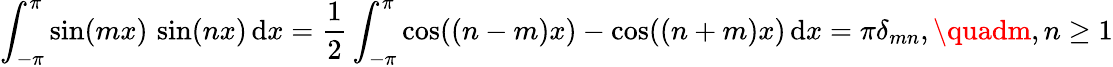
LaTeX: \int_{-\pi}^{\pi}\sin(mx)\, \sin(nx)\, \mathrm{d}x={\frac{{1}}{{2}}}\int_{-\pi}^{\pi}\cos((n-m)x)-\cos((n+m)x)\, \mathrm{d}x=\pi\delta_{mn},\quadm,n\geq1